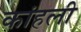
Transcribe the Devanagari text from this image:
कांहली